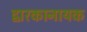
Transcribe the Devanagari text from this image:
द्वारकानायक